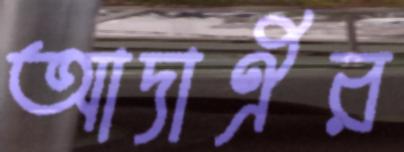
আদাঐর